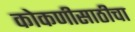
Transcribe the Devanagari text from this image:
कोकणीसाठीचा